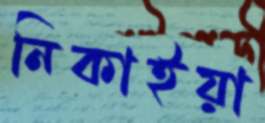
নিকাইয়া